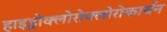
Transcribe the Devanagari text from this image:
हाइड्रोक्लोरोफ्लोरोकार्बन